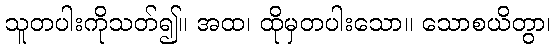
သူတပါးကိုသတ်၍။ အထ၊ ထိုမှတပါးသော။ သောစယိတွာ၊